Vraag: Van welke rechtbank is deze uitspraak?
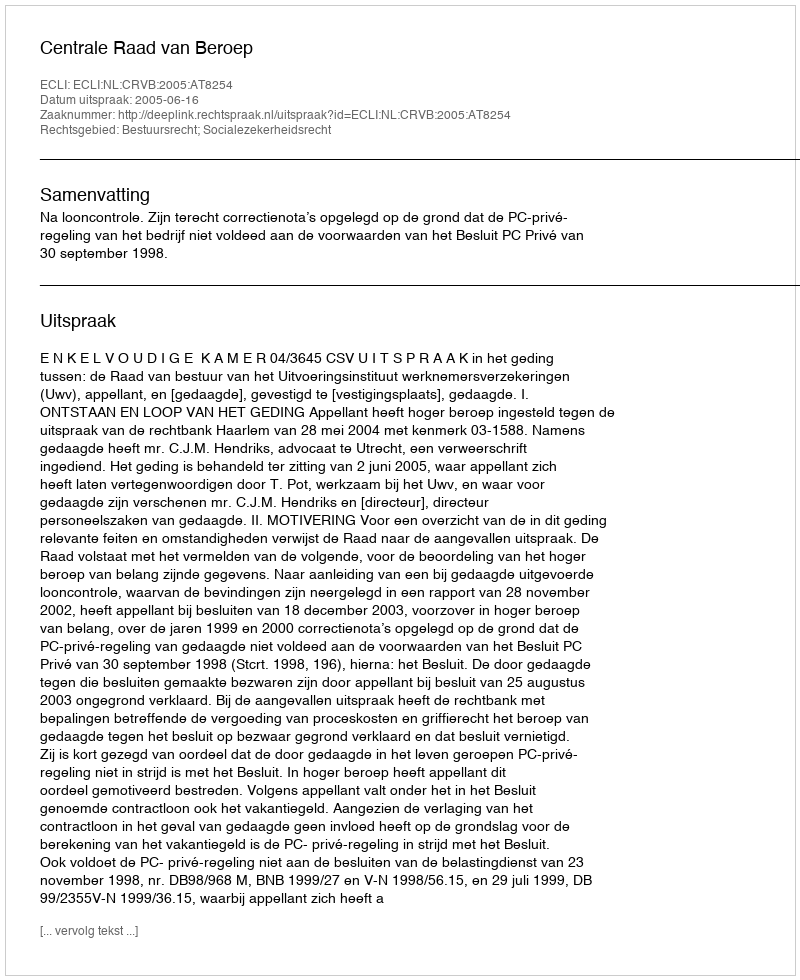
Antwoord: Centrale Raad van Beroep